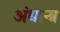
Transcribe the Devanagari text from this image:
अंधान्त्र